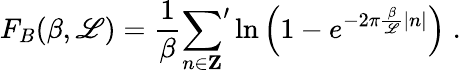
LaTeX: F_{B}(\beta,\mathscr{L})=\frac{{1}}{{\beta}}{\sum_{n\in{\mathbf{Z}}}}^{\prime}\ln{\left(1-e^{-2\pi\frac{{\beta}}{{\mathscr{L}}}|n|}\right)}\; .